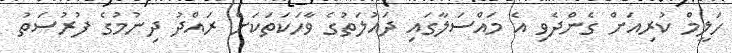
ހަލީމް ކުރިއަށް ގެންދެވި އެ މައްސަލާގައި ދައުލަތުގެ ވާހަކަތަކަށް ރައްދު ދިނުމުގެ ފުރުސަތު